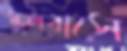
স্কুলবাসে